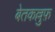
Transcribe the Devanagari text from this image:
बेतकल्लुफ़